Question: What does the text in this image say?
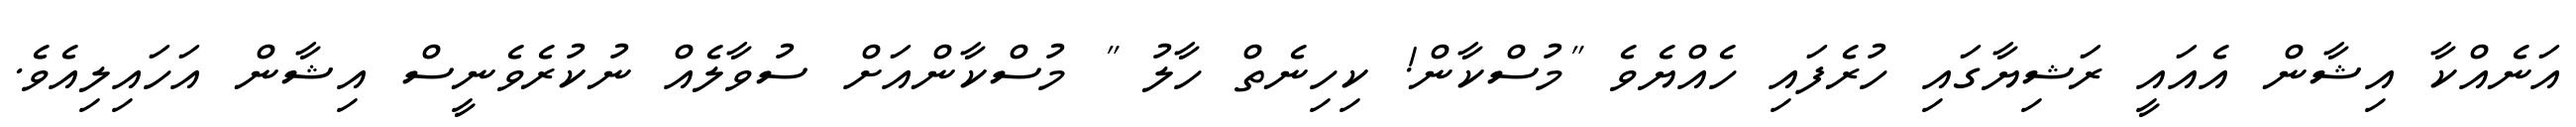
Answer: އަނެއްކާ އިޝާން އެއައީ ރަޝިޔާގައި ހުރެފައި ހެއްޔެވެ "މުސްކާން! ކިހިނެތް ހާލު " މުސްކާންއަށް ސުވާލެއް ނުކުރެވެނީސް އިޝާން އަހައިލިއެވެ.